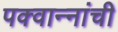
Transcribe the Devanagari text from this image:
पक्वान्‍नांची